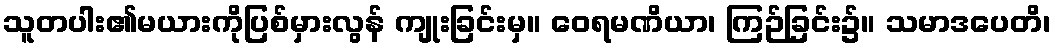
သူတပါး၏မယားကိုပြစ်မှားလွန် ကျုးခြင်းမှ။ ဝေရမဏိယာ၊ ကြဉ်ခြင်း၌။ သမာဒပေတိ၊